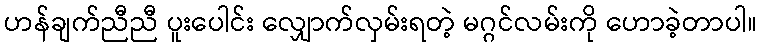
ဟန်ချက်ညီညီ ပူးပေါင်း လျှောက်လှမ်းရတဲ့ မဂ္ဂင်လမ်းကို ဟောခဲ့တာပါ။